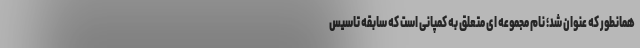
همانطور که عنوان شد؛ نام مجموعه ای متعلق به کمپانی است که سابقه تاسیس